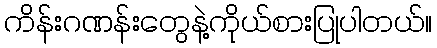
ကိန်းဂဏန်းတွေနဲ့ကိုယ်စားပြုပါတယ်။